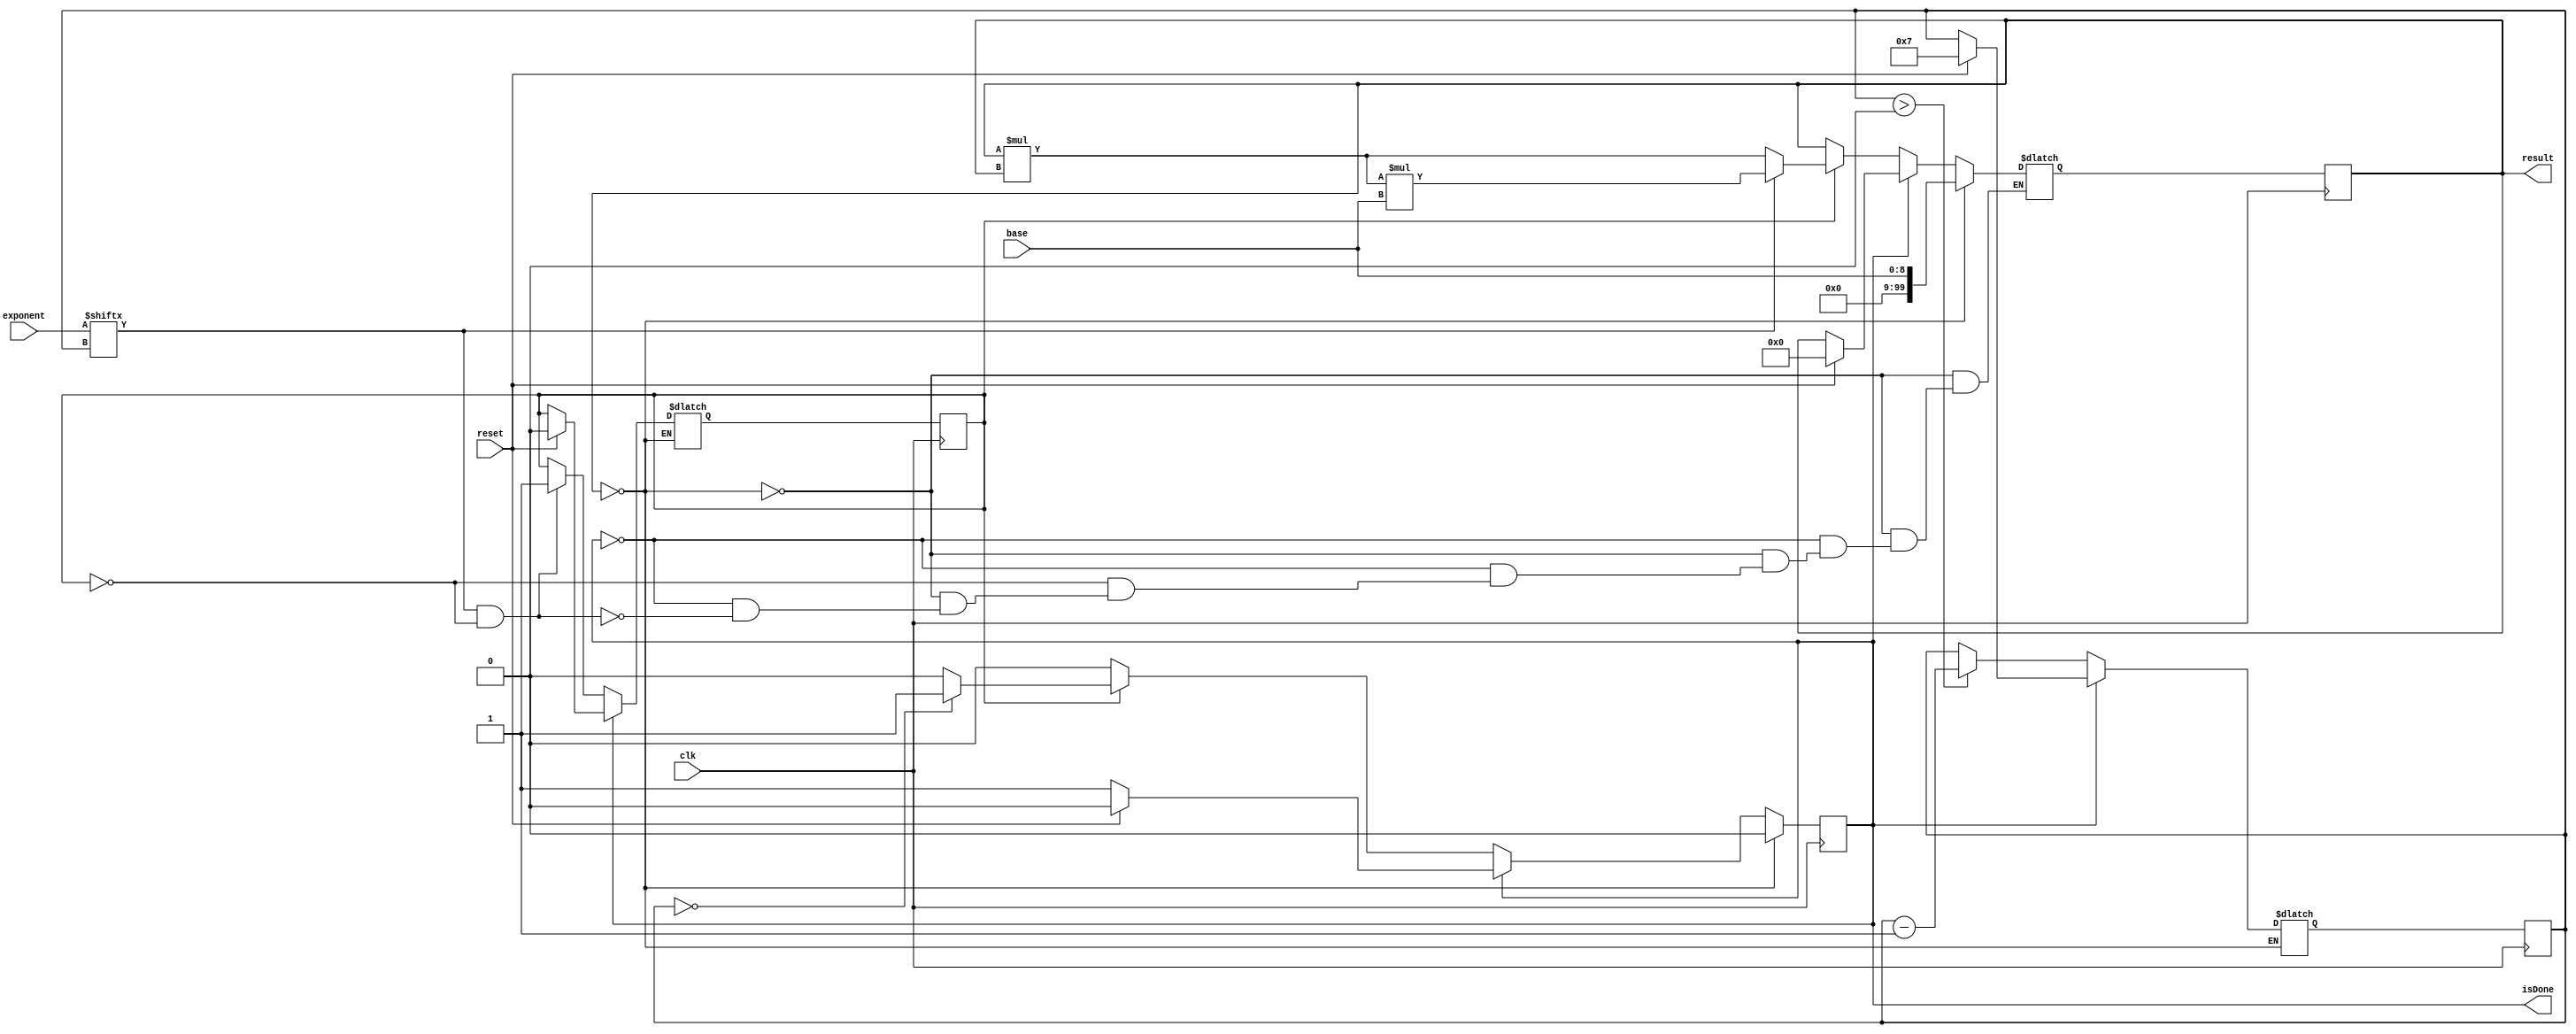
module BinaryExponentiation( input clk, input [8:0] base, input [7:0] exponent, input reset,
		output reg [99:0] result, output reg isDone
    );
	
	reg [99:0] nextResult;
	reg nextIsDone;
	reg [3:0] nextIndex;
	reg [3:0] index;
	reg nextStart;
	reg start;
	
	initial begin
		nextResult = 0;
		result = 0;
		nextIsDone = 0;
		isDone = 0;
		index = 7;
		nextIndex = 7;
		nextStart = 0;
		start = 0;
	end
	
	always @ (posedge clk) begin
			result <= nextResult;
			isDone <= nextIsDone;
			index <= nextIndex;
			start <= nextStart;
	end

	always @ (*) begin
		if (result == 0) begin
			nextResult = base;
			nextIsDone = 0;
		end
		
		else begin
			if (isDone == 1) begin
				if (reset == 1) begin
					nextIsDone = 0;
					nextResult = 0;
					nextIndex = 7;
					nextStart = 0;
				end
				
				else begin
					nextIsDone = 1;
					nextResult = result;
					nextIndex = index;
					nextStart = start;
				end
			end
			
			else begin
				nextIndex = index > 0 ? index - 1 : index;
				nextIsDone = 0;
				nextStart = start;
				
				if (exponent[index] == 1 & start == 0) begin
					nextStart = 1;
					nextResult = result;
				end
				
				if (start == 1) begin
					if (exponent[index] == 0) begin
						nextResult = result * result;
					end
					
					else begin
						nextResult = result * result * base;
					end
					
					if (index == 0) begin
						nextIsDone = 1;
					end
				end
			end
		end
	end

endmodule